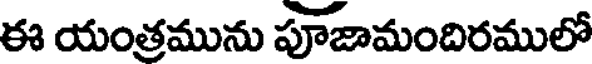
ఈ యంత్రమును పూజామందిరములో